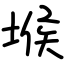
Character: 堠